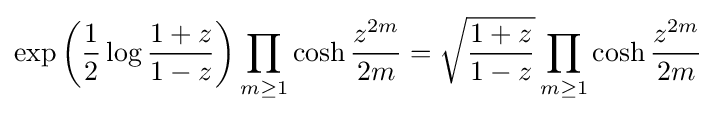
\exp \left({\frac {1}{2}}\log {\frac {1+z}{1-z}}\right)\prod _{m\geq 1}\cosh {\frac {z^{2m}}{2m}}={\sqrt {\frac {1+z}{1-z}}}\prod _{m\geq 1}\cosh {\frac {z^{2m}}{2m}}